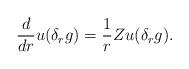
LaTeX: \begin{align*}\frac{d}{dr} u(\delta_{r} g) = \frac{1}{r} Zu(\delta_{r} g).\end{align*}